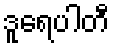
ဒူရေပါတီ